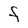
Character: F